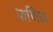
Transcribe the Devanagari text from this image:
फणिक